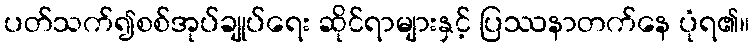
ပတ်သက်၍စစ်အုပ်ချုပ်ရေး ဆိုင်ရာများနှင့် ပြဿနာတက်နေ ပုံရ၏။